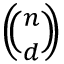
\textstyle { \left( \! \! { \binom { n } { d } } \! \! \right) }